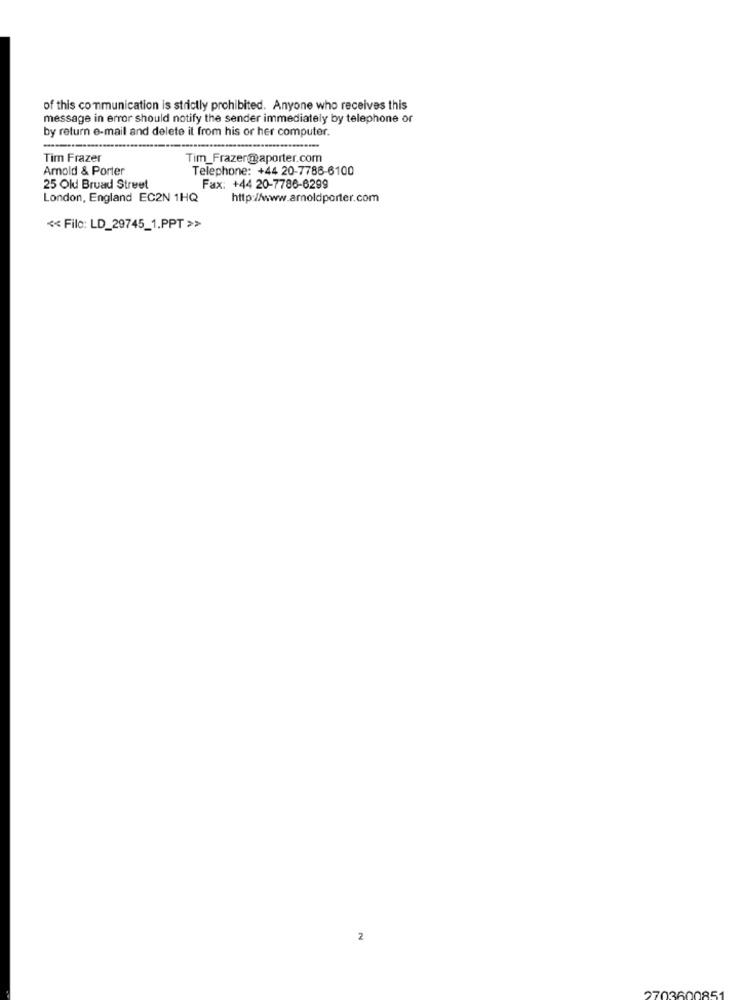
of this communication is strictly prohibited. Anyone who receives this
message in error should notify the sender immediately by telephone or
by return e-mail and delete it from his or her computer.
Tim Frazer
Tim_Frazer@aporter.com
Amold & Porter
Telephone: +44 20-7788-6100
25 Old Bruad Street
Fax: +44 20-7786-6299
London, England EC2N 1HQ
http://www.arnoldporter.com
<< Filo: LD_29745_1.PPT >>
2
2703600851